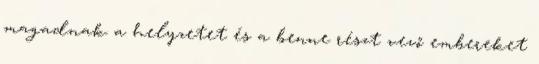
magadnak a helyzetet és a benne részt vevő embereket